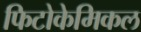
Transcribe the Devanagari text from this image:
फिटोकेमिकल